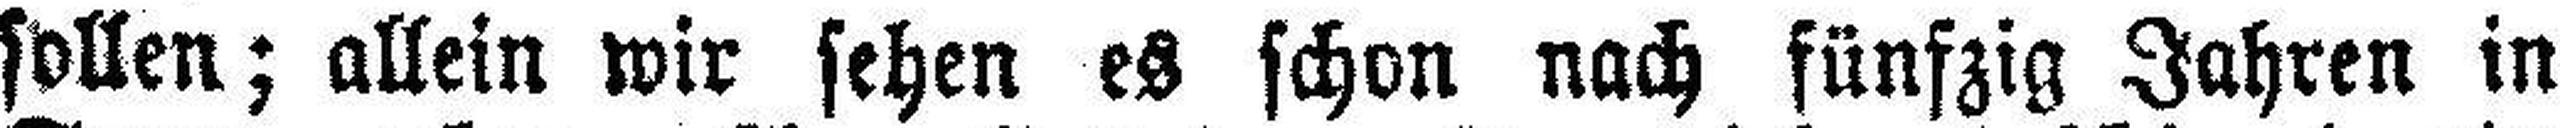
sollen; allein wir sehen es schon nach fünfzig Jahren in